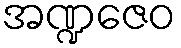
အဏ္ဍဇေဝ